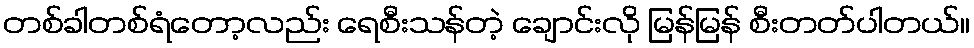
တစ်ခါတစ်ရံတော့လည်း ရေစီးသန်တဲ့ ချောင်းလို မြန်မြန် စီးတတ်ပါတယ်။